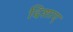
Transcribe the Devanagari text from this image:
दिशाए